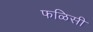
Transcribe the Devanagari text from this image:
फळिसी